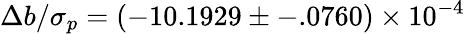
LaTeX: \Delta b/\sigma_{p}=(-10.1929\pm-.0760)\times 10^{-4}